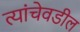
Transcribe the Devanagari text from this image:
त्यांचेवडील